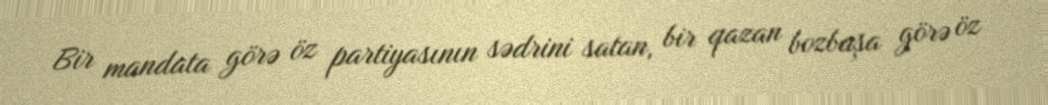
Bir mandata görə öz partiyasının sədrini satan, bir qazan bozbaşa görə öz